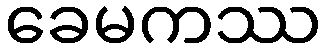
ခေမကဿ